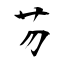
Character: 芴